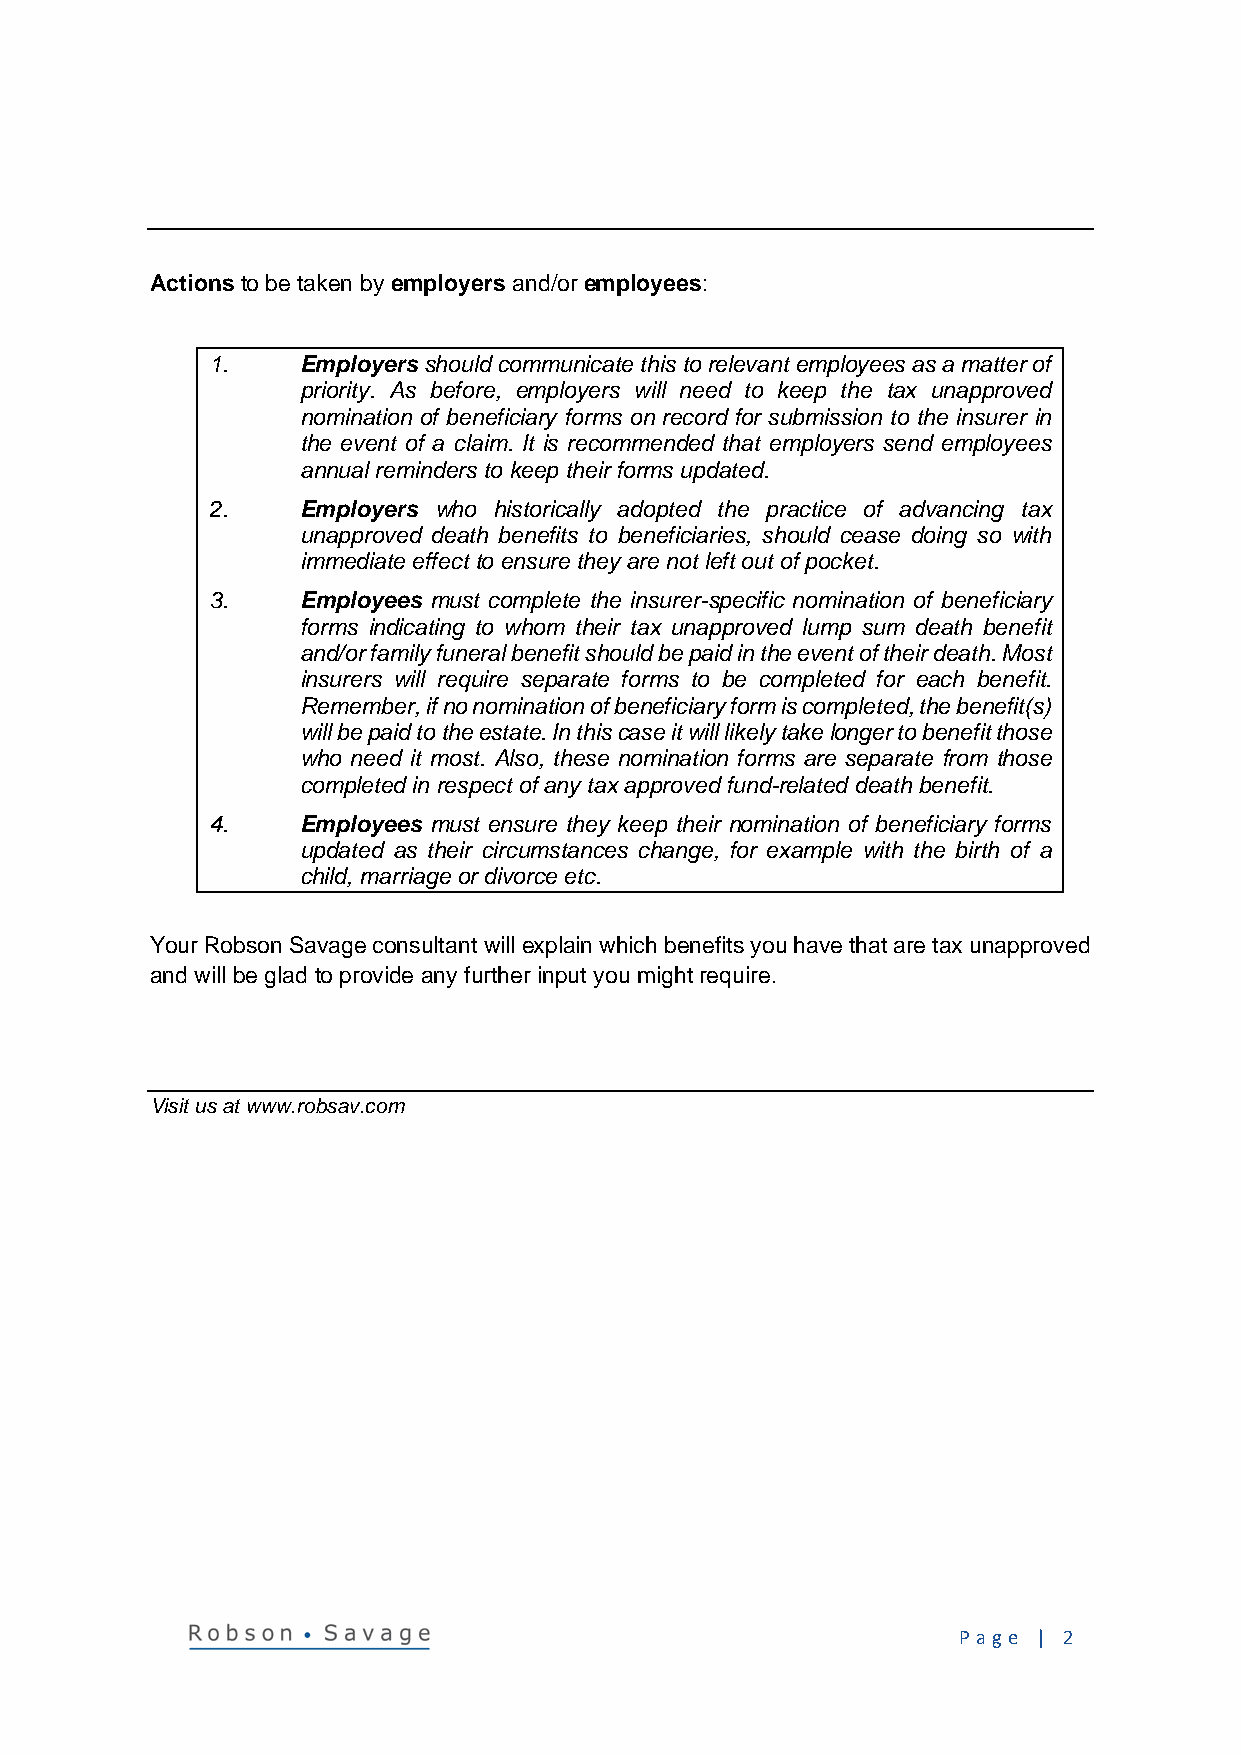
Actions to be taken by employers and/or employees:
 1.    Employers should communicate this to relevant employees as a matter of
 priority. As before, employers will need to keep the tax unapproved
 nomination of beneficiary forms on record for submission to the insurer in
 the event of a claim. It is recommended that employers send employees
 annual reminders to keep their forms updated.
 2.    Employers who historically adopted the practice of advancing tax
 unapproved death benefits to beneficiaries, should cease doing so with
 immediate effect to ensure they are not left out of pocket.
 3.    Employees must complete the insurer-specific nomination of beneficiary
 forms indicating to whom their tax unapproved lump sum death benefit
 and/or family funeral benefit should be paid in the event of their death. Most
 insurers will require separate forms to be completed for each benefit.
 Remember, if no nomination of beneficiary form is completed, the benefit(s)
 will be paid to the estate. In this case it will likely take longer to benefit those
 who need it most. Also, these nomination forms are separate from those
 completed in respect of any tax approved fund-related death benefit.
 4.    Employees must ensure they keep their nomination of beneficiary forms
 updated as their circumstances change, for example with the birth of a
 child, marriage or divorce etc.
 Your Robson Savage consultant will explain which benefits you have that are tax unapproved
 and will be glad to provide any further input you might require.
 Visit us at www.robsav.com
 P a ge | 2